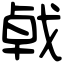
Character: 㦸